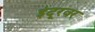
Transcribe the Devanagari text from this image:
इंदूरवर